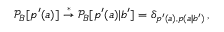
\begin{array} { r } { \mathcal { P } _ { B } [ p ^ { \prime } ( a ) ] \stackrel { * } { \rightarrow } \mathcal { P } _ { B } [ p ^ { \prime } ( a ) | b ^ { \prime } ] = \delta _ { p ^ { \prime } ( a ) , p ( a | b ^ { \prime } ) } \, , } \end{array}